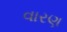
વારણ